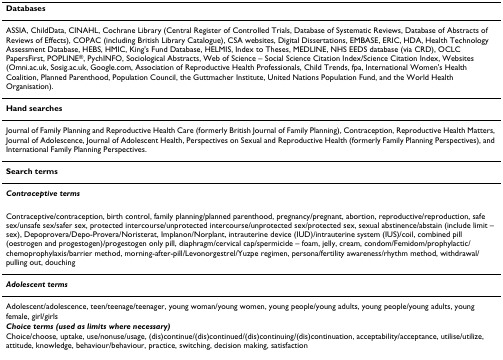
| Databases |
 | --- |
 | ASSIA, ChildData, CINAHL, Cochrane Library (Central Register of Controlled Trials, Database of Systematic Reviews, Database of Abstracts of Reviews of Effects), COPAC (including British Library Catalogue), CSA websites, Digital Dissertations, EMBASE, ERIC, HDA, Health Technology Assessment Database, HEBS, HMIC, King's Fund Database, HELMIS, Index to Theses, MEDLINE, NHS EEDS database (via CRD), OCLC PapersFirst, POPLINE®, PychINFO, Sociological Abstracts, Web of Science – Social Science Citation Index/Science Citation Index, Websites (Omni.ac.uk, Sosig.ac.uk, Google.com, Association of Reproductive Health Professionals, Child Trends, fpa, International Women's Health Coalition, Planned Parenthood, Population Council, the Guttmacher Institute, United Nations Population Fund, and the World Health Organisation). |
 | Hand searches |
 | Journal of Family Planning and Reproductive Health Care (formerly British Journal of Family Planning), Contraception, Reproductive Health Matters, Journal of Adolescence, Journal of Adolescent Health, Perspectives on Sexual and Reproductive Health (formerly Family Planning Perspectives), and International Family Planning Perspectives. |
 | Search terms |
 | Contraceptive terms |
 | Contraceptive/contraception, birth control, family planning/planned parenthood, pregnancy/pregnant, abortion, reproductive/reproduction, safe sex/unsafe sex/safer sex, protected intercourse/unprotected intercourse/unprotected sex/protected sex, sexual abstinence/abstain (include limit – sex), Depoprovera/Depo-Provera/Noristerat, Implanon/Norplant, intrauterine device (IUD)/intrauterine system (IUS)/coil, combined pill (oestrogen and progestogen)/progestogen only pill, diaphragm/cervical cap/spermicide – foam, jelly, cream, condom/Femidom/prophylactic/chemoprophylaxis/barrier method, morning-after-pill/Levonorgestrel/Yuzpe regimen, persona/fertility awareness/rhythm method, withdrawal/pulling out, douching |
 | Adolescent terms |
 | Adolescent/adolescence, teen/teenage/teenager, young woman/young women, young people/young adults, young people/young adults, young female, girl/girls |
 | Choice terms (used as limits where necessary) |
 | Choice/choose, uptake, use/nonuse/usage, (dis)continue/(dis)continued/(dis)continuing/(dis)continuation, acceptability/acceptance, utilise/utilize, attitude, knowledge, behaviour/behaviour, practice, switching, decision making, satisfaction |